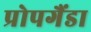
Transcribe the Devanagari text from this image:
प्रोपगैंडा